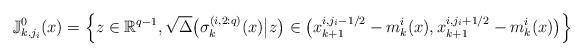
LaTeX: \begin{align*}\mathbb{J}^0_{k,j_i}(x) = \Big\{ z \in \mathbb R^{q-1}, \sqrt{\Delta} \big(\sigma_k^{(i,2:q)}(x) \big \vert z \big) \in \big( x_{k+1}^{i,j_i-1/2} - m_{k}^i(x), x_{k+1}^{i,j_i+1/2} - m_{k}^i(x) \big) \Big \}\end{align*}